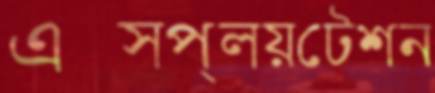
এক্সপ্লয়টেশন